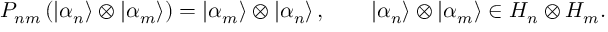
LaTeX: P _ { n m } \left( \left| \alpha _ { n } \right\rangle \otimes \left| \alpha _ { m } \right\rangle \right) = \left| \alpha _ { m } \right\rangle \otimes \left| \alpha _ { n } \right\rangle , \qquad \left| \alpha _ { n } \right\rangle \otimes \left| \alpha _ { m } \right\rangle \in { \cal H } _ { n } \otimes { \cal H } _ { m } .